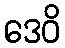
ဒေဝိ